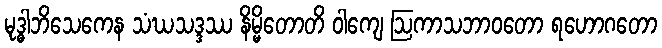
မုဒ္ဓါဘိသေကေန သံဃသဒ္ဒဿ နိမ္မိတောတိ ဝါကျေ ဩကာသဘာဝတော ရဟောဂတော